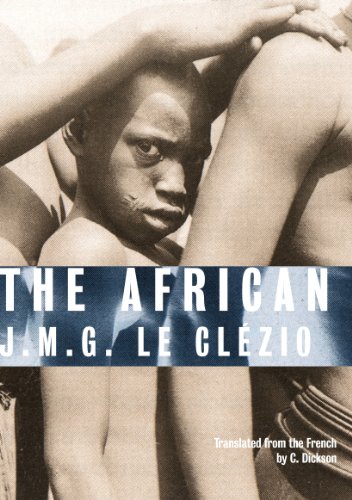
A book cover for The African; J. M. G. Le Clezio; Travel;